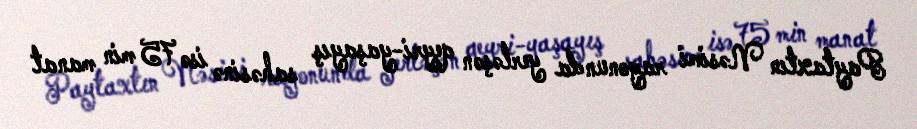
Paytaxtın Nəsimi rayonunda yerləşən qeyri-yaşayış sahəsinə isə 75 min manat